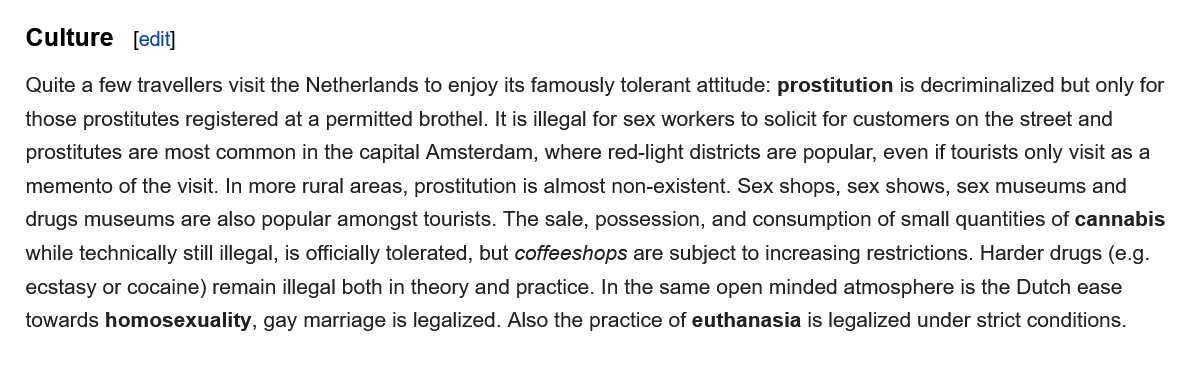
[edit] Culture
   Quite a few travellers visit the Netherlands to enjoy its famously tolerant attitude: prostitution is decriminalized but only for
   those prostitutes registered at a permitted brothel. It is illegal for sex workers to solicit for customers on the street and
   prostitutes are most common in the capital Amsterdam, where red-light districts are popular, even if tourists only visit as a
   memento of the  visit. In more rural areas, prostitution is almost non-existent. Sex shops, sex shows, sex museums and
   drugs museums  are  also popular amongst tourists. The sale, possession, and consumption of small quantities of cannabis
   while technically still illegal, is officially tolerated, but coffeeshops are subject to increasing restrictions. Harder drugs (e.g.
   ecstasy or cocaine) remain illegal both in theory and practice. In the same open minded atmosphere is the Dutch ease
   towards homosexuality,   gay marriage is legalized. Also the practice of euthanasia is legalized under strict conditions.